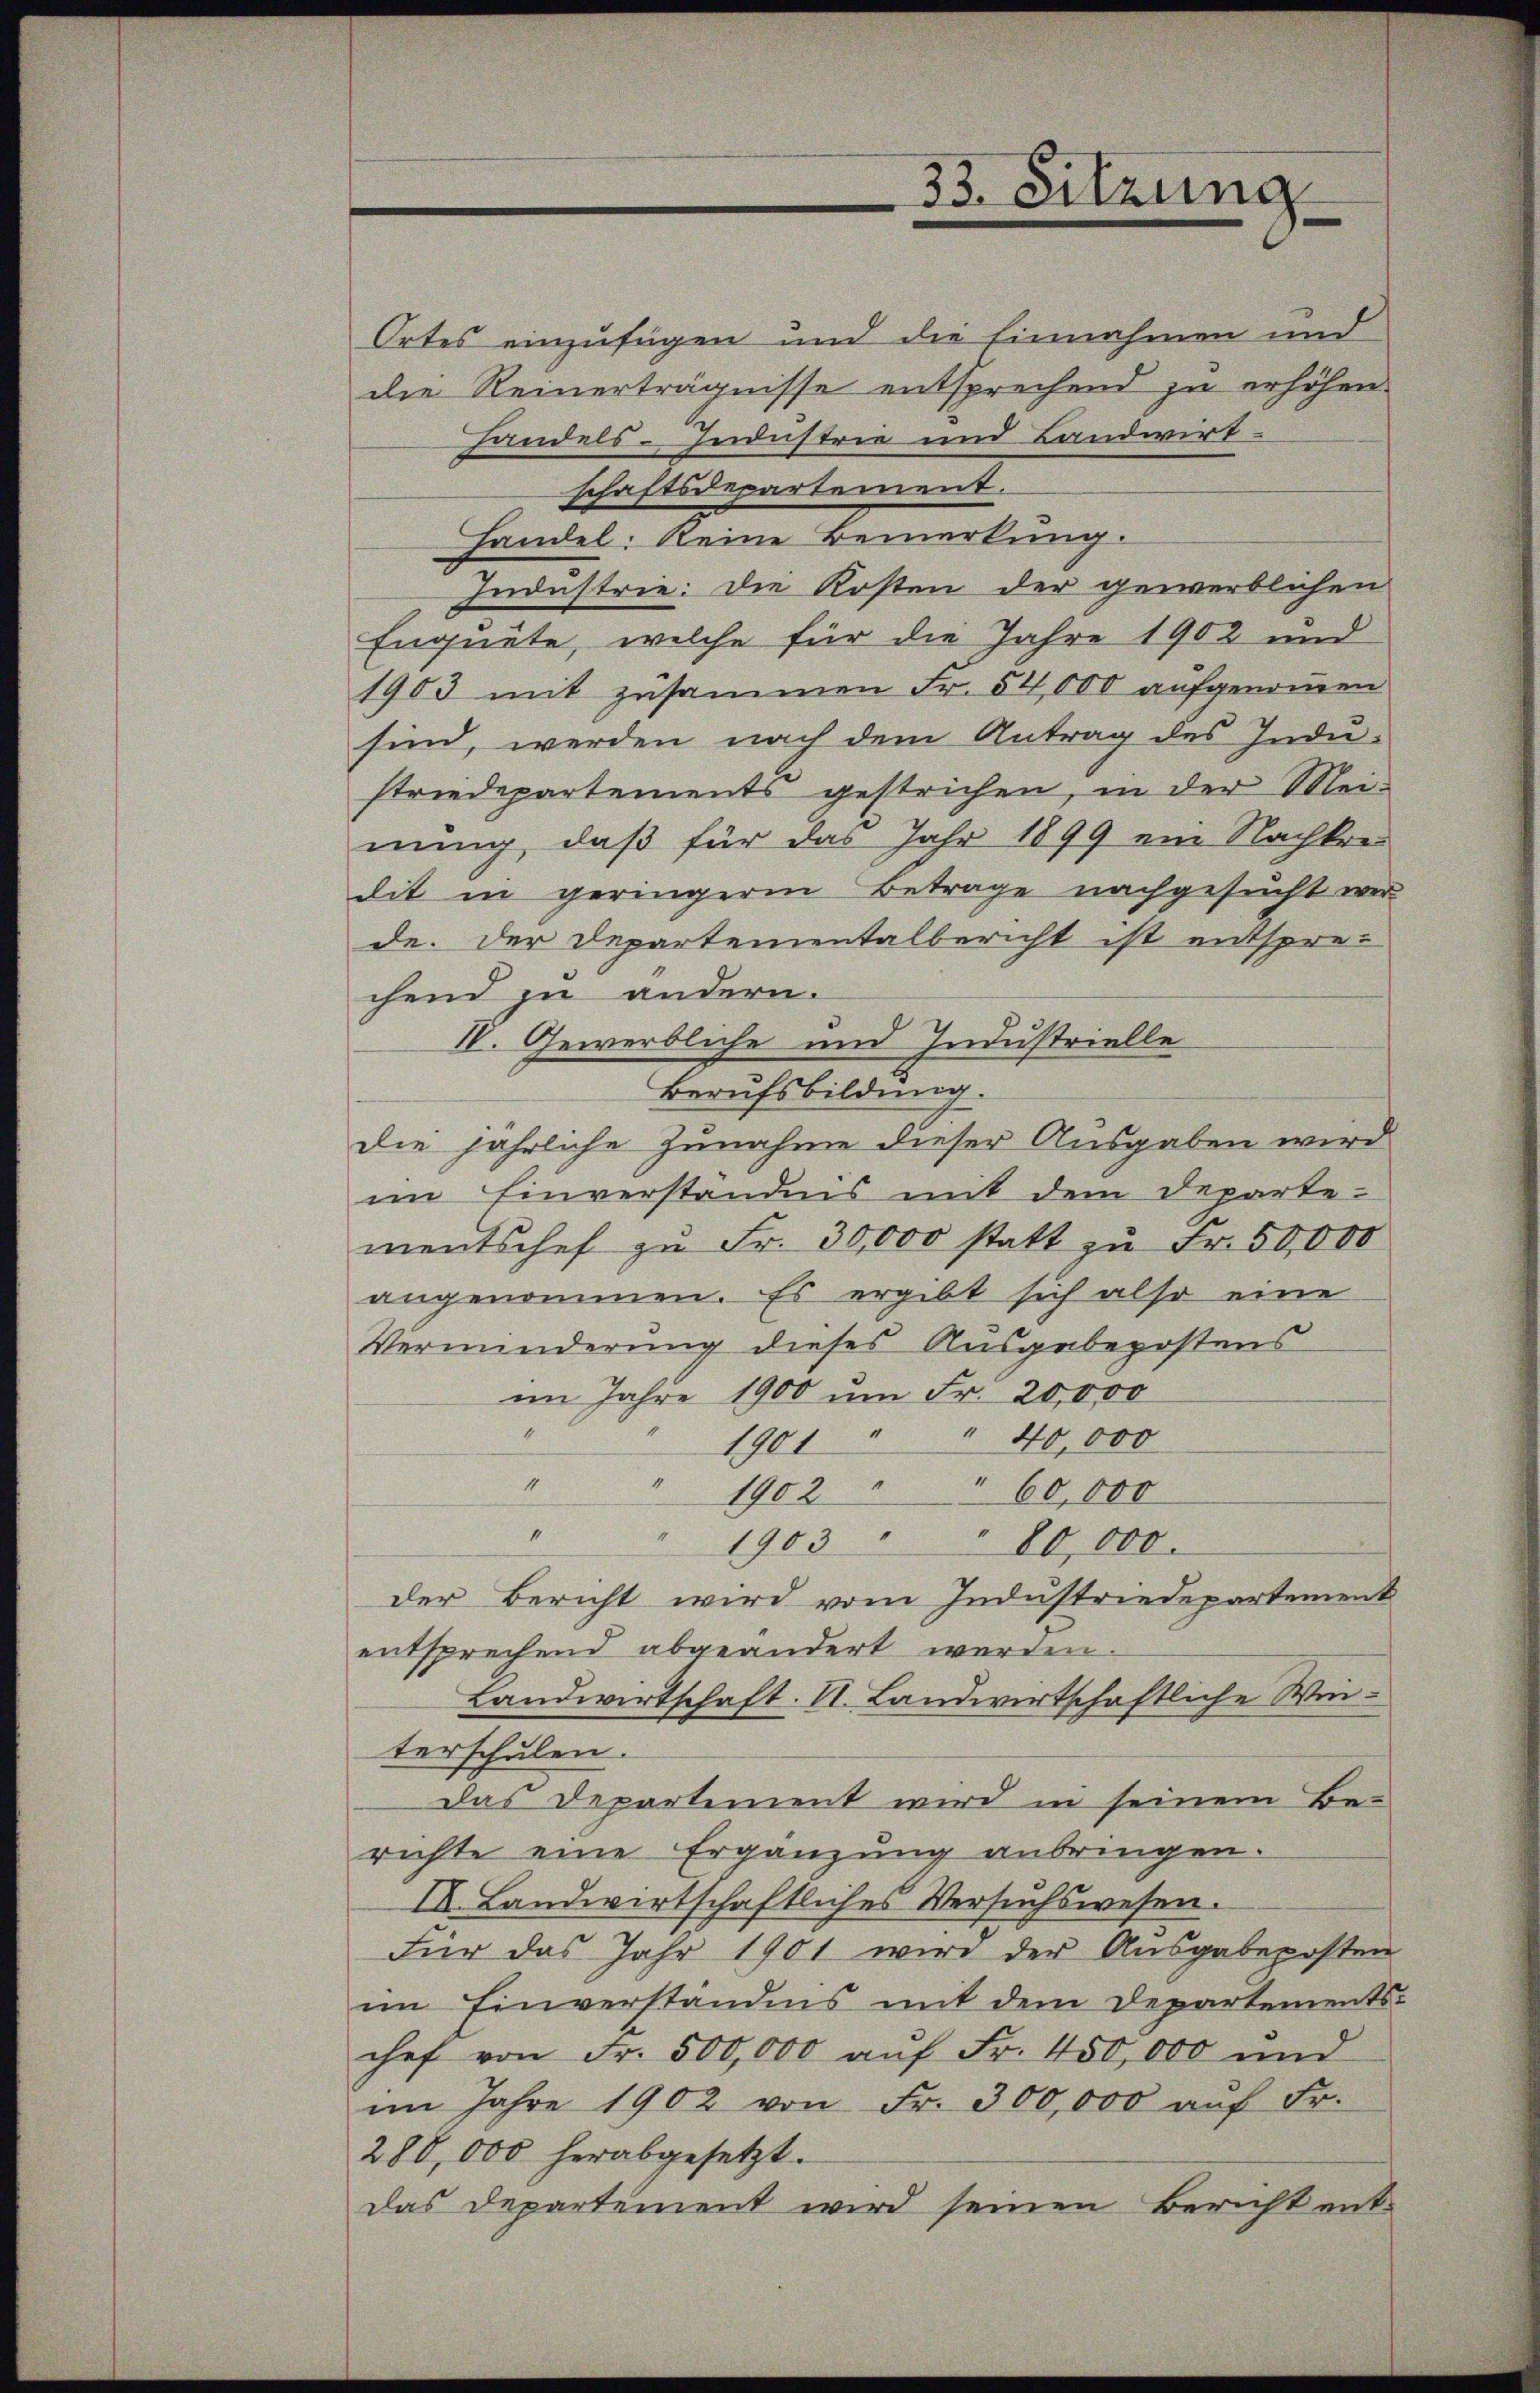
33. Sitzung

Ortes einzufügen und die Einnahmen und
die Reinerträgnisse entsprechend zu erhöhen.
handels-Industrie und Landwirt-
schaftsdepartement.
handel: keine Bemerkung.
Industrie. Die Kosten der gewerblichen
Enquete, welche für die Jahre 1902 und
1903 mit zusammen Fr. 54,000 aufgenommen
sind, werden nach dem Antrag des Industriedepartements gestrichen, in der Mei-
nung, daß für das Jahr 1899 ein Nachkredit in geringeren Betrage nachgesucht wer
de. der Departementalbericht ist entspre-
chend zu andern.
IV. Gewerbliche und Industrielle
Berufsbildung.
die jährliche Zunahme dieser Ausgaben wird
im Einverständnis mit dem Departementschef zu Fr. 30,000 statt zu Fr. 50,000
angenommen. Es ergibt sich also eine
Verminderung dieses Ausgabepostens
im Jahre 1900 um Fr. 20,000
"40,000
1900
e
" 1902 " " 60,000
1
.
1903 " " 80,000.
der Bericht wird vom Industriedepartement
entsprechend abgeändert werden.
Landwirtschaft. II. Landwirtschaftliche Winterschulen.
Das Departement wird in seinem Be-
richte eine Ergänzung anbringen.
II. Landwirtschaftliches Versuchswesen.
Für das Jahr 1901 wird der Ausgabeposten
im Einverständnis mit dem Departements-
chef von Fr. 500,000 aŭf Fr. 450,000 und
im Jahre 1902 von Fr. 300,000 aŭf Fr.
288,000 herabgesetzt.
das Departement wird seinen Bericht ent-